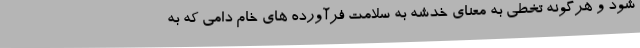
شود و هرگونه تخطی به معنای خدشه به سلامت فرآورده های خام دامی که به